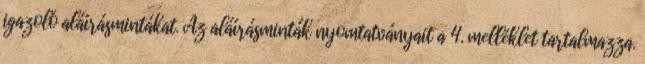
igazoló aláírásmintákat. Az aláírásminták nyomtatványait a 4. melléklet tartalmazza.